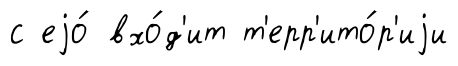
с еjо́ вхо́д'ит т'ерр'ито́р'иjи